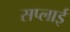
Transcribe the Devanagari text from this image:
सप्‍लाई